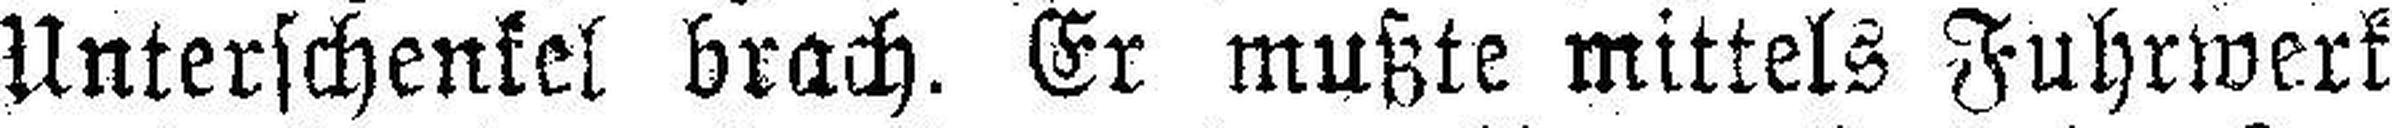
Unterschenkel brach. Er mußte mittels Fuhrwerk